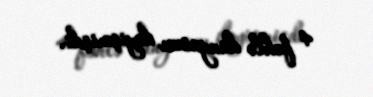
4 fəhlə dünyasını dəyişmişdi.